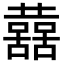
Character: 𡄝